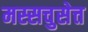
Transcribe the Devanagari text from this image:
मस्सचुसेत्त